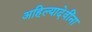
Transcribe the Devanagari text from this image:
अहिल्यादेवींना